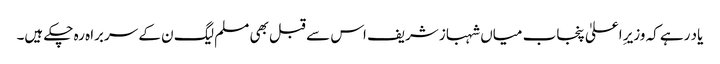
یاد رہے کہ وزیرِ اعلیٰ پنجاب میاں شہباز شریف اس سے قبل بھی مسلم لیگ ن کے سربراہ رہ چکے ہیں۔